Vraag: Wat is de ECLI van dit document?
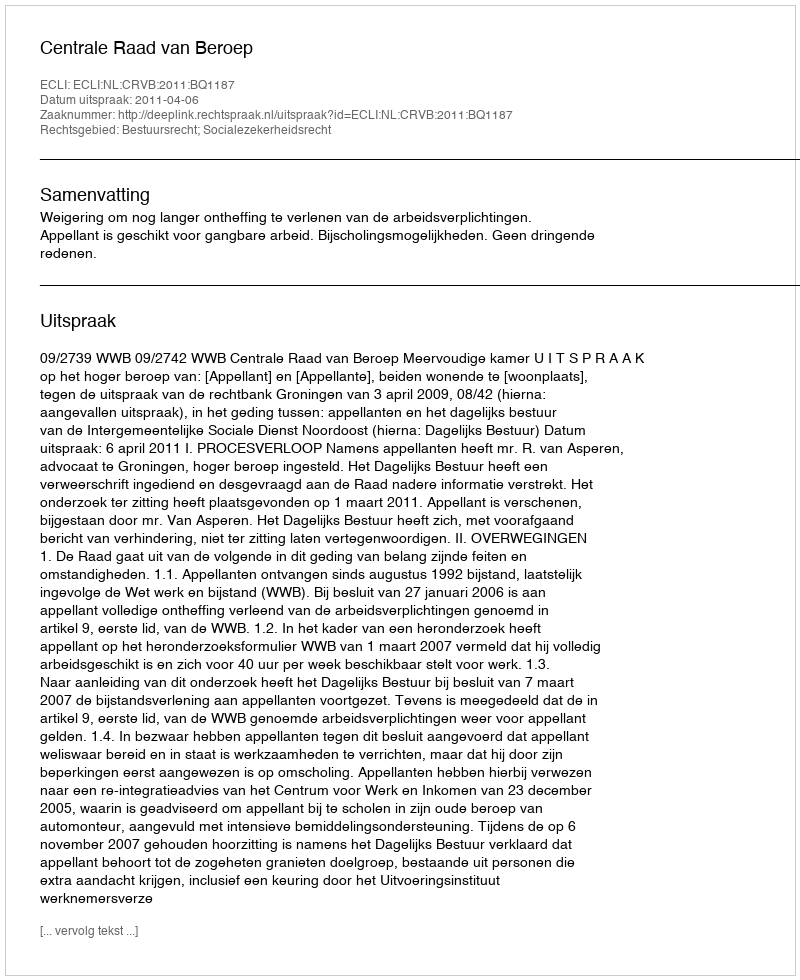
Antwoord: ECLI:NL:CRVB:2011:BQ1187